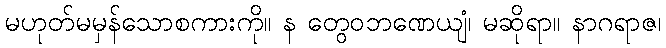
မဟုတ်မမှန်သောစကားကို။ န တွေဝဘဏေယျံ၊ မဆိုရာ။ နာဂရာဇ၊